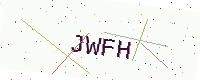
Text: JWFH